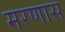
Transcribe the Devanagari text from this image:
मरणास